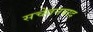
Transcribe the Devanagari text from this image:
सचेतनवाद